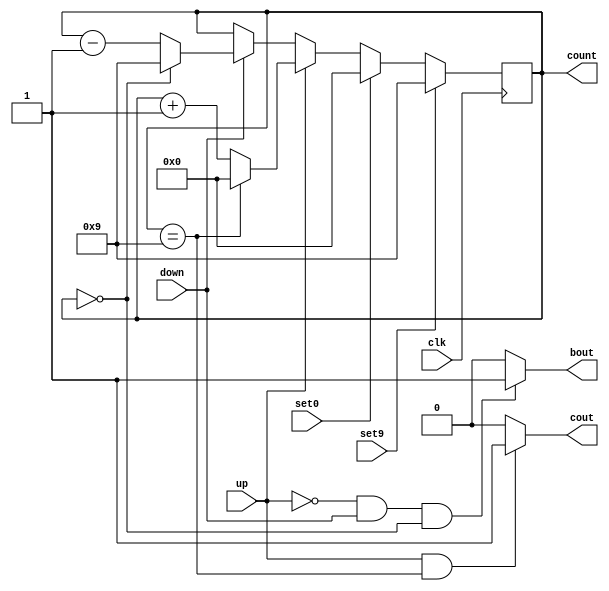
module BcdCounter(output [3:0] count, output cout, bout,
                  input up, down, set9, set0, clk);
    reg [3:0] count = 0;
    reg cout = 0;
    reg bout = 0;
    
    always @(posedge clk) begin

        // set
        if(set9) count = 9;
        else if(set0) count = 0;

        // count up
        else if(up) 
            if (count == 9) count = 0; 
            else count = count + 1;

        // count down
        else if(down) 
            if (count == 0) count = 9; 
            else count = count - 1;
    end
    
    // cout
    always @(*) begin
        if (up && count == 9)cout = 1;
        else cout = 0;
    end
    
    // bout
    always @(*) begin
        if (~up && down && count == 0)bout = 1;
        else bout = 0;
    end
    
endmodule